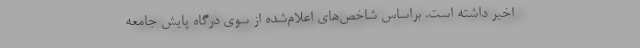
اخير داشته است. براساس شاخص‌هاي اعلام‌شده از سوي درگاه پايش جامعه